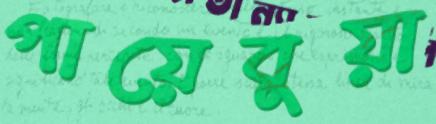
পায়েবুয়া